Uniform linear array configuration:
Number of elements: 24
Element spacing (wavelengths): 0.25
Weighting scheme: cosine
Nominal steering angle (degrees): -45
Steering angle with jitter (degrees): -43.864
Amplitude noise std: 0.05
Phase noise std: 0.05

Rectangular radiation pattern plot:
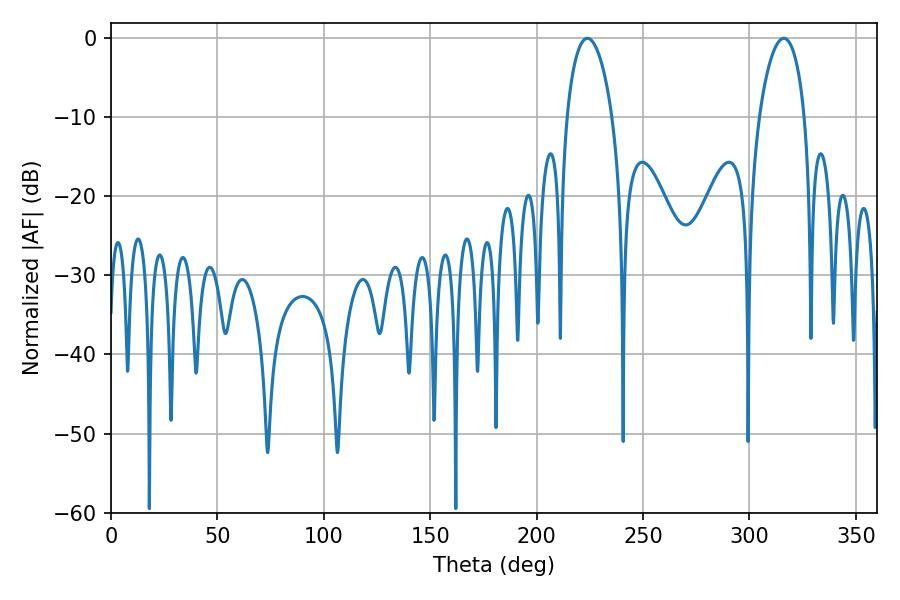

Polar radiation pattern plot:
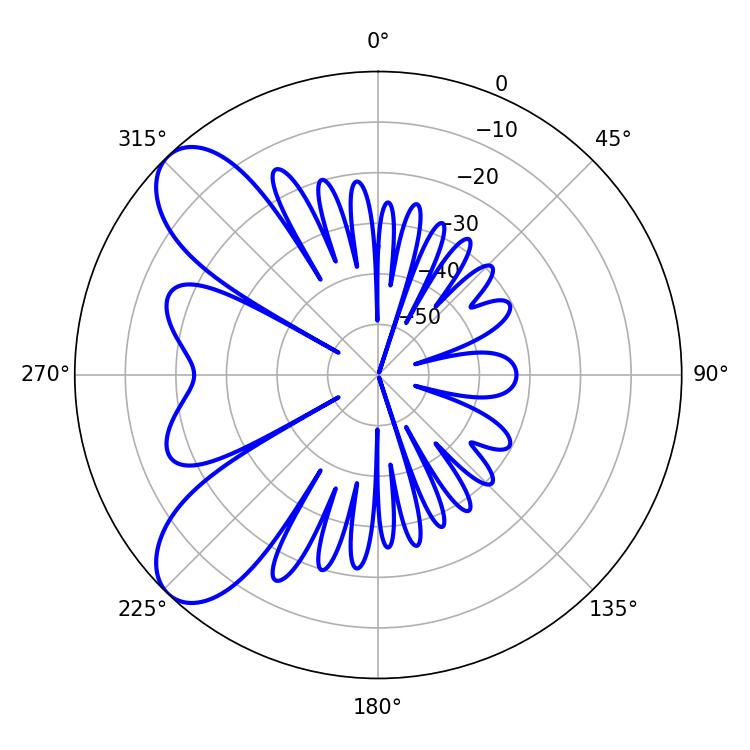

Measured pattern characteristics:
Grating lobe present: FALSE
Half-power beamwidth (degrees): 12.06
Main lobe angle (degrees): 223.92